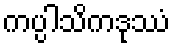
ကပ္ပါသိကဒုဿံ